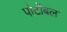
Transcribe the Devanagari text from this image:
पोर्टोबल